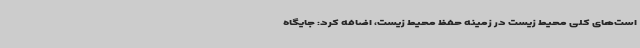
است‌های کلی محیط ‌زیست در زمینه حفظ محیط ‌زیست، اضافه کرد: جایگاه